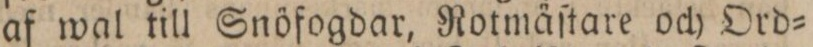
af wal till Snöfogdar, Rotmäſtare och Ord=